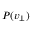
P ( v _ { \perp } )